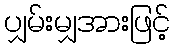
ပျှမ်းမျှအားဖြင့်